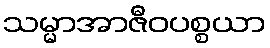
သမ္မာအာဇီဝပစ္စယာ